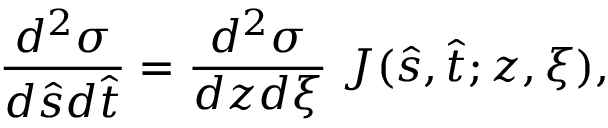
{ \frac { d ^ { 2 } \sigma } { d \hat { s } d \hat { t } } } = { \frac { d ^ { 2 } \sigma } { d z d \xi } } \; J ( \hat { s } , \hat { t } ; z , \xi ) ,